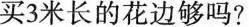
买3米长的花边够吗?